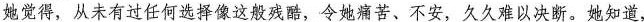
她觉得，从未有过任何选择像这般残酷，令她痛苦、不安，久久难以决断。她知道，